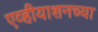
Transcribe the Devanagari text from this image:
एव्हीयाशनच्या